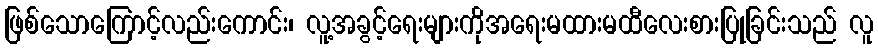
ဖြစ်သောကြောင့်လည်းကောင်း၊ လူ့အခွင့်ရေးများကိုအရေးမထားမထီလေးစားပြုခြင်းသည် လူ